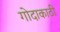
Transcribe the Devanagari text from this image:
गोदाकाठी